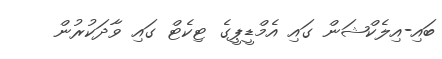
ބައި-އިލެކްޝަން ގައި އެމްޑީޕީގެ ޓިކެޓް ގައި ވާދަކުރުން